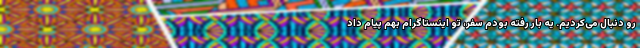
رو دنبال می‌کردیم. یه بار رفته بودم سفر، تو اینستاگرام بهم پیام داد